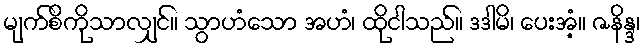
မျက်စိကိုသာလျှင်။ သွာဟံသော အဟံ၊ ထိုငါသည်။ ဒဒါမိ၊ ပေးအံ့။ ဇနိန္ဒ၊